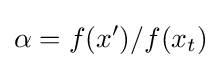
\alpha =f(x')/f(x_{t})